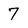
Character: 7